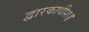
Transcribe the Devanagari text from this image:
द्वारकाधीश॥